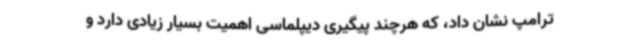
ترامپ نشان داد، که هرچند پیگیری دیپلماسی اهمیت بسیار زیادی دارد و